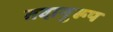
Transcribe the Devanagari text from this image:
तदानुरूप